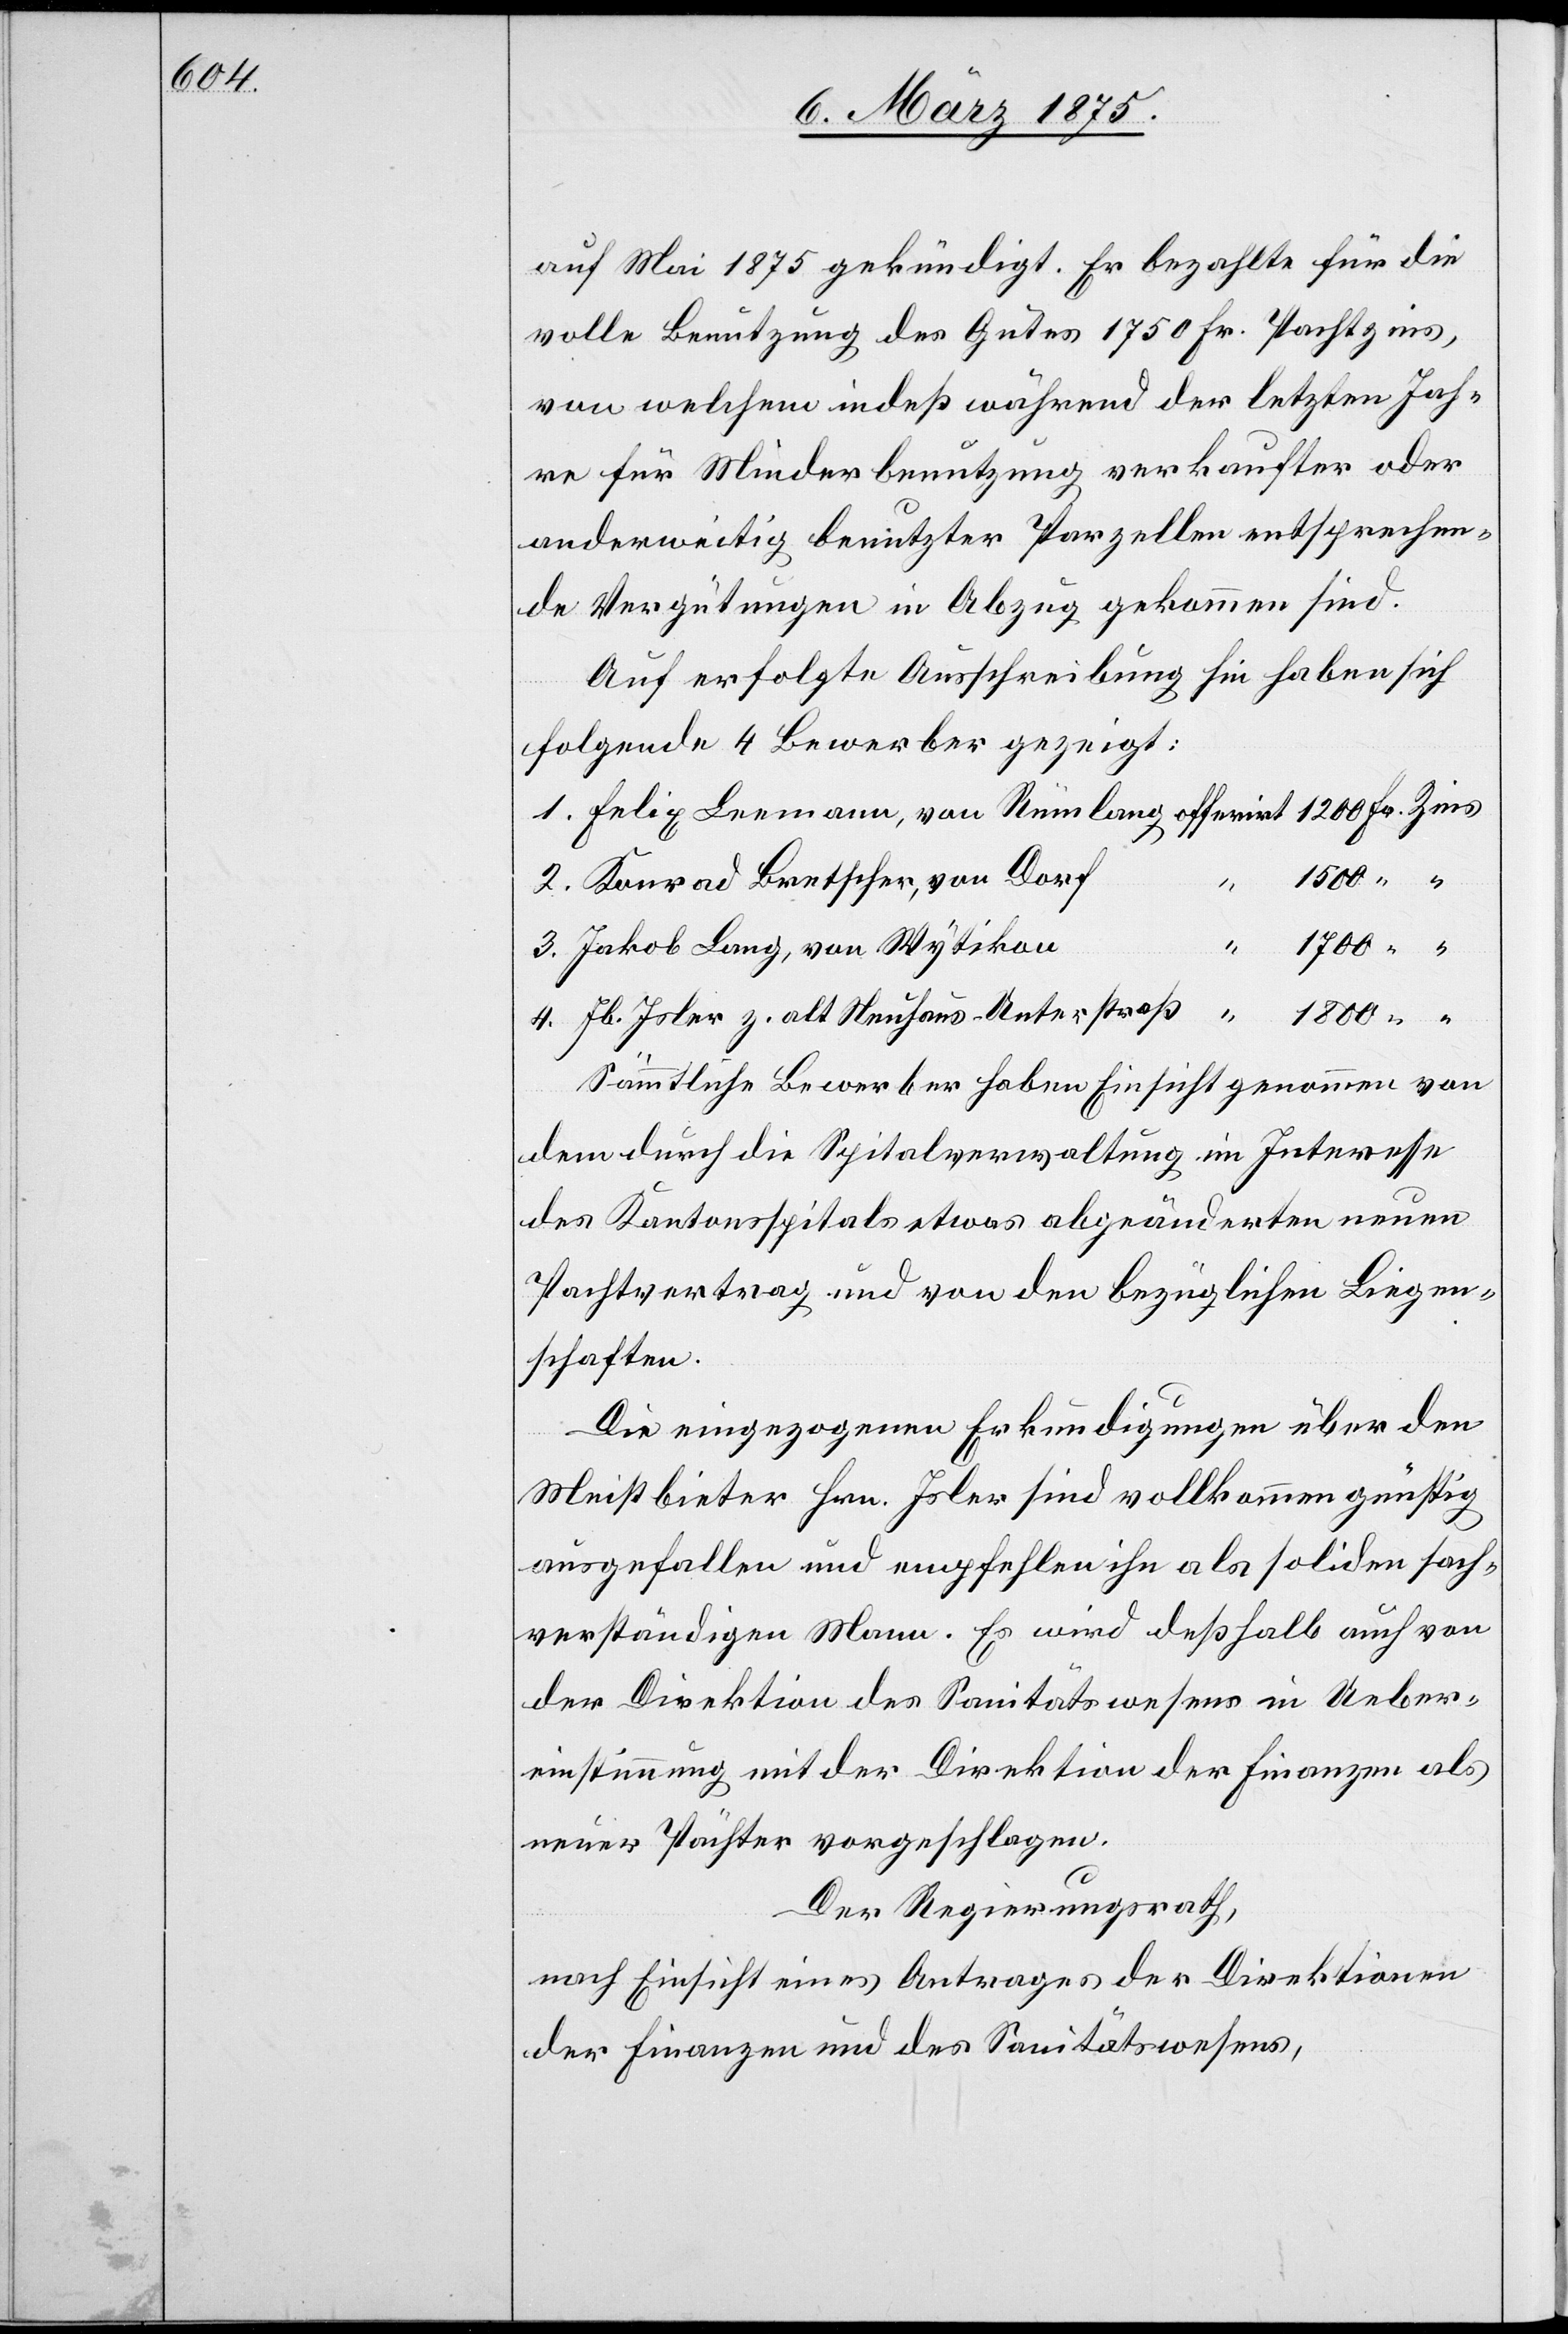
auf Mai 1875 gekündigt. Er bezahlte für die
voll Benützung des Gutes 1750 Fr. Pachtzins,
von welchem indeß während der letzten Jah¬
re für Minderbenutzung verkaufter oder
anderweitig benutzter Parzellen entsprechen¬
de Vergütungen in Abzug gekommen sind.
Auf erfolgte Ausschreibung hin haben sich
folgende 4 Bewerber gezeigt:
1. Felix Leemann, von Rümlang offerirt 1200 Fr. Zins
2. Konrad Bretscher, von Dorf
1700
Zins
3. Jakob Lang, von Wytikon
4. Jb. Joler z. alt Neuhaus-Unterstraß of¬
Sämtliche Bewerber haben Einsicht genommen von
dem durch die Spitalverwaltung im Interesse
des Kantonsspitals etwas abgeänderten neuen
Pachtvertrag und von den bezüglichen Liegen¬
schaften.
Die eingezogenen Erkundigungen über den
Meistbieter Hrn. Joler sind vollkommen günstig
ausgefallen und empfehlen ihn als soliden sach¬
verständigen Mann. Er wird deßhalb auch von
der Direktion des Sanitätswesens in Ueber¬
einstimmung mit der Direktion der Finanzen als
neuer Pächter vorgeschlagen.
Fr.
Der Regierungsrath,
nach Einsicht eines Antrages der Direktionen
der Finanzen und des Sanitätswesens,